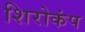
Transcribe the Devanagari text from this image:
शिरोकंप